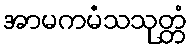
အာမကမံသသုတ္တံ